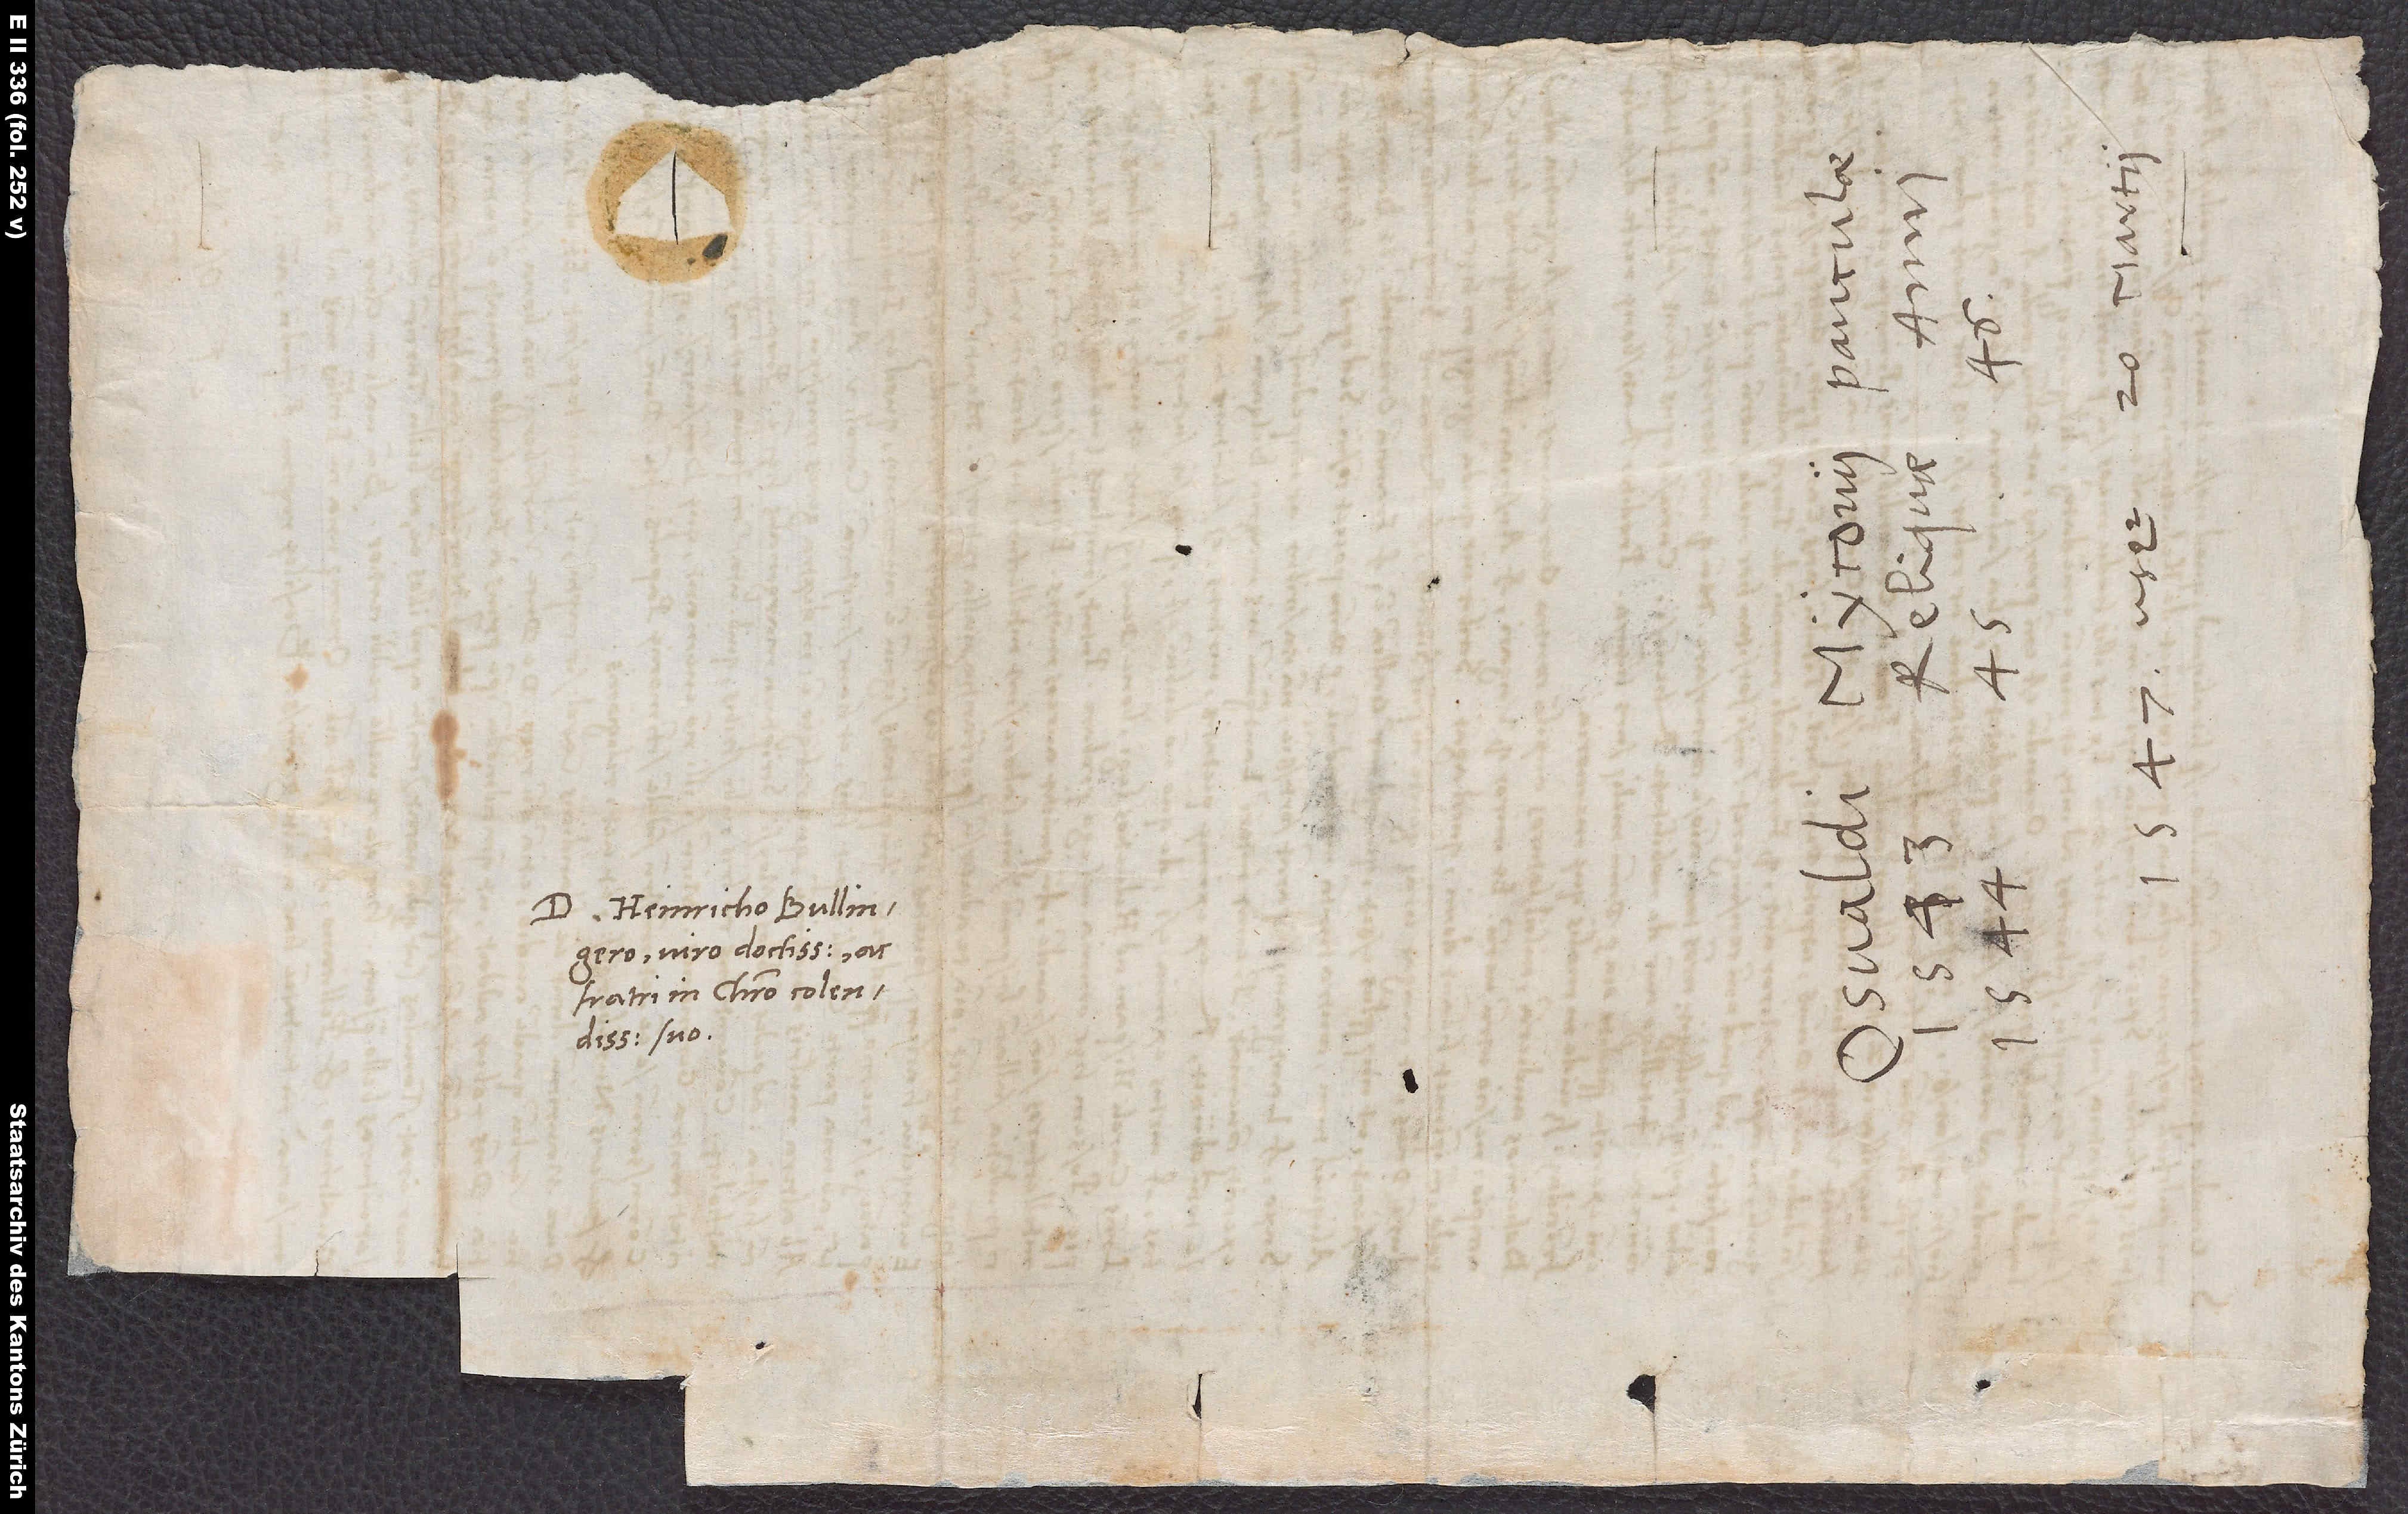
D. Heinricho Bullingero,
viro doctissimo ac
fratri in Christo colendissimo
suo.